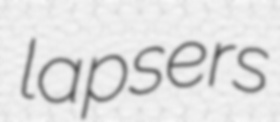
lapsers